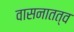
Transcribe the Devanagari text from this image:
वासनातत्व